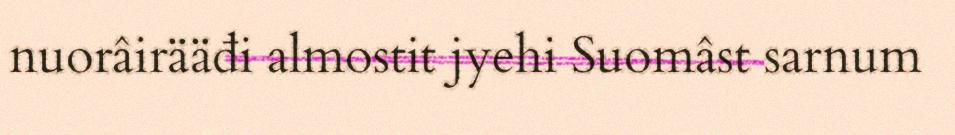
nuorâirääđi almostit jyehi Suomâst sarnum